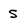
Character: s